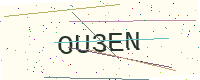
Text: OU3EN